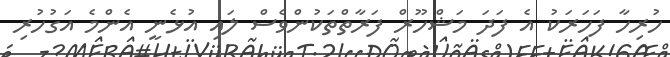
ހުރިހާ ފަހަރަކު އެ ފަދަ މަޝްހޫރް ފަރާތްތަކުންވެސް ލައި އުޅެނީ އެންމެ އަގުހުރި